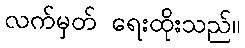
လက်မှတ် ရေးထိုးသည်။